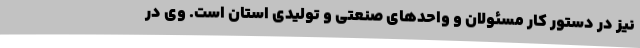
نیز در دستور کار مسئولان و واحدهای صنعتی و تولیدی استان است. وی در